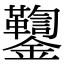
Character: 𨰌